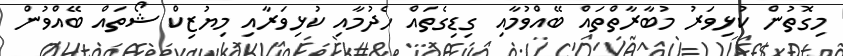
މިގޮތުން ކުޅިވަރު މުބާރާތްތައް ބޭއްވުމާއި ގިޑިގެތައް ހެދުމާއި ކުޅިވަރާއި މިޔުޒިކް ޝޯތައް ބޭއްވުން